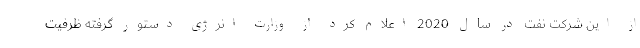
از این شرکت نفت در سال 2020 اعلام کرد از وزارت انرژی دستور گرفته ظرفیت